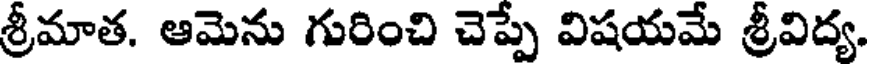
శ్రీమాత. ఆమెను గురించి చెప్పే విషయమే శ్రీవిద్య.